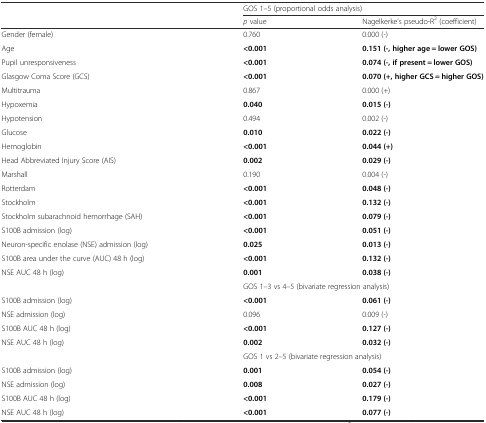
<table><thead><tr><td></td><td colspan="2"><b>GOS 1–5 (proportional odds analysis)</b></td></tr><tr><td></td><td><b><i>p</i> value</b></td><td><b>Nagelkerke’s pseudo-R<sup>2</sup> (coefficient)</b></td></tr></thead><tbody><tr><td>Gender (female)</td><td>0.760</td><td>0.000 (-)</td></tr><tr><td>Age</td><td><b>&lt;0.001</b></td><td><b>0.151 (-, higher age = lower GOS)</b></td></tr><tr><td>Pupil unresponsiveness</td><td><b>&lt;0.001</b></td><td><b>0.074 (-, if present = lower GOS)</b></td></tr><tr><td>Glasgow Coma Score (GCS)</td><td><b>&lt;0.001</b></td><td><b>0.070 (+, higher GCS = higher GOS)</b></td></tr><tr><td>Multitrauma</td><td>0.867</td><td>0.000 (+)</td></tr><tr><td>Hypoxemia</td><td><b>0.040</b></td><td><b>0.015 (-)</b></td></tr><tr><td>Hypotension</td><td>0.494</td><td>0.002 (-)</td></tr><tr><td>Glucose</td><td><b>0.010</b></td><td><b>0.022 (-)</b></td></tr><tr><td>Hemoglobin</td><td><b>&lt;0.001</b></td><td><b>0.044 (+)</b></td></tr><tr><td>Head Abbreviated Injury Score (AIS)</td><td><b>0.002</b></td><td><b>0.029 (-)</b></td></tr><tr><td>Marshall</td><td>0.190</td><td>0.004 (-)</td></tr><tr><td>Rotterdam</td><td><b>&lt;0.001</b></td><td><b>0.048 (-)</b></td></tr><tr><td>Stockholm</td><td><b>&lt;0.001</b></td><td><b>0.132 (-)</b></td></tr><tr><td>Stockholm subarachnoid hemorrhage (SAH)</td><td><b>&lt;0.001</b></td><td><b>0.079 (-)</b></td></tr><tr><td>S100B admission (log)</td><td><b>&lt;0.001</b></td><td><b>0.051 (-)</b></td></tr><tr><td>Neuron-specific enolase (NSE) admission (log)</td><td><b>0.025</b></td><td><b>0.013 (-)</b></td></tr><tr><td>S100B area under the curve (AUC) 48 h (log)</td><td><b>&lt;0.001</b></td><td><b>0.132 (-)</b></td></tr><tr><td>NSE AUC 48 h (log)</td><td><b>0.001</b></td><td><b>0.038 (-)</b></td></tr><tr><td></td><td colspan="2">GOS 1–3 vs 4–5 (bivariate regression analysis)</td></tr><tr><td>S100B admission (log)</td><td><b>&lt;0.001</b></td><td><b>0.061 (-)</b></td></tr><tr><td>NSE admission (log)</td><td>0.096</td><td>0.009 (-)</td></tr><tr><td>S100B AUC 48 h (log)</td><td><b>&lt;0.001</b></td><td><b>0.127 (-)</b></td></tr><tr><td>NSE AUC 48 h (log)</td><td><b>0.002</b></td><td><b>0.032 (-)</b></td></tr><tr><td></td><td colspan="2">GOS 1 vs 2–5 (bivariate regression analysis)</td></tr><tr><td>S100B admission (log)</td><td><b>0.001</b></td><td><b>0.054 (-)</b></td></tr><tr><td>NSE admission (log)</td><td><b>0.008</b></td><td><b>0.027 (-)</b></td></tr><tr><td>S100B AUC 48 h (log)</td><td><b>&lt;0.001</b></td><td><b>0.179 (-)</b></td></tr><tr><td>NSE AUC 48 h (log)</td><td><b>&lt;0.001</b></td><td><b>0.077 (-)</b></td></tr></tbody></table>